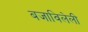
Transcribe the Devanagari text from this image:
बजाविलेली